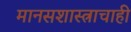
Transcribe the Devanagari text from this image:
मानसशास्त्राचाही